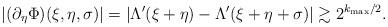
LaTeX: \begin{align*} |(\partial_\eta \Phi)(\xi,\eta,\sigma)| = |\Lambda'(\xi+\eta)-\Lambda'(\xi+\eta+\sigma)| \gtrsim 2^{k_{\max}/2} .\end{align*}